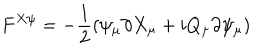
F ^ { X \psi } = - \frac { 1 } { 2 } ( \psi _ { \mu } \partial X _ { \mu } + i Q _ { \mu } \partial \psi _ { \mu } )